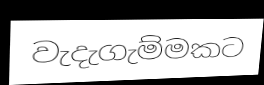
වැදැගැම්මකට